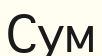
Сум